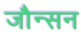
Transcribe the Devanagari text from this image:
जौन्सन